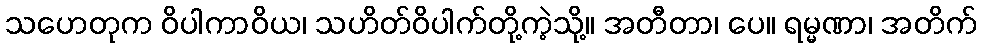
သဟေတုက ဝိပါကာဝိယ၊ သဟိတ်ဝိပါက်တို့ကဲ့သို့။ အတီတာ၊ ပေ။ ရမ္မဏာ၊ အတိက်